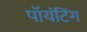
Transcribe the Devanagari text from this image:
पॉयंटिंग